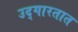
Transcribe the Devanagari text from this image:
उद्‌गारतात